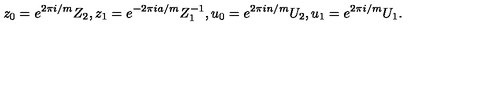
z _ { 0 } = e ^ { 2 \pi i / m } Z _ { 2 } , z _ { 1 } = e ^ { - 2 \pi i a / m } Z _ { 1 } ^ { - 1 } , u _ { 0 } = e ^ { 2 \pi i n / m } U _ { 2 } , u _ { 1 } = e ^ { 2 \pi i / m } U _ { 1 } .